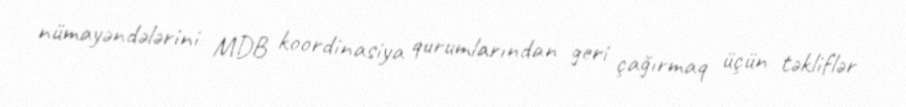
nümayəndələrini MDB koordinasiya qurumlarından geri çağırmaq üçün təkliflər